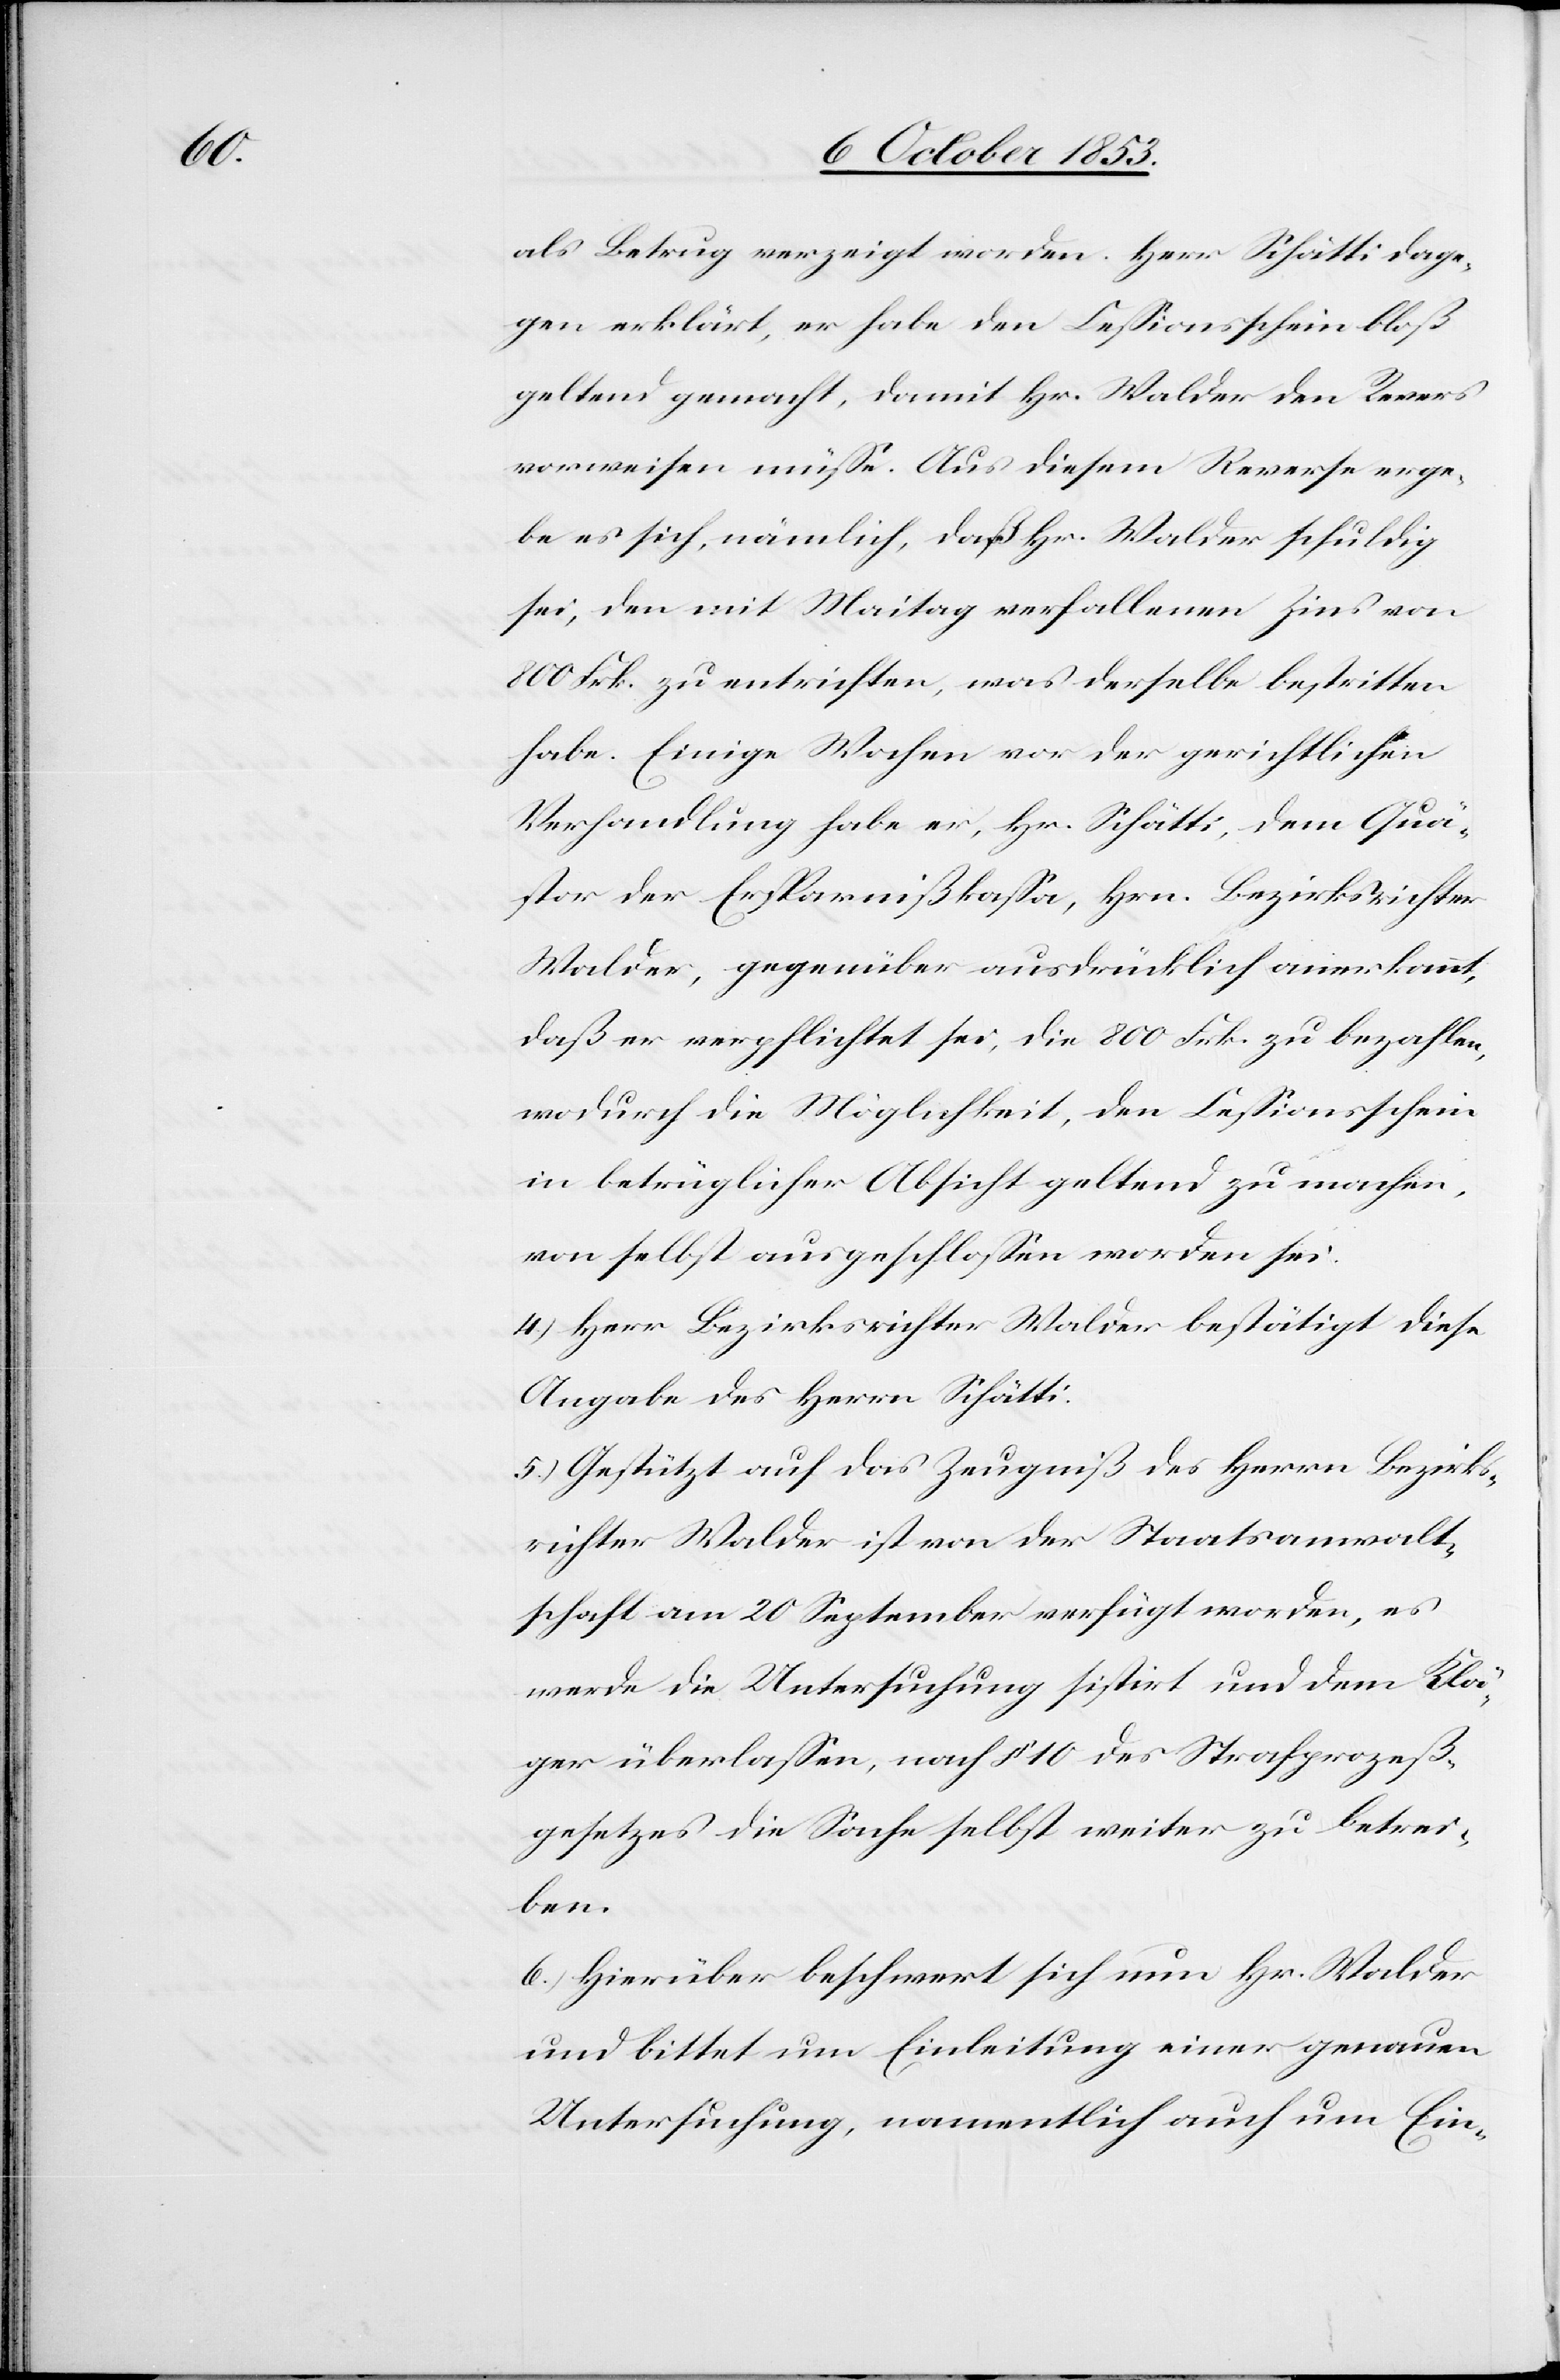
als Betrug verzeigt worden. Herr Schätti dage¬
gen erklärt, er habe den Ceßionsschein bloß
geltend gemacht, damit Hr. Walder den Revers
vorweisen müße. Aus diesem Reverse erge¬
be es sich, nämlich, daß Hr. Walder schuldig
sei, den mit Maitag verfallenen Zins von
800 Frk. zu entrichten, was derselbe bestritten
habe. Einige Wochen vor der gerichtlichen
Verhandlung habe er, Hr. Schätti, dem Quä¬
stor der Ersparnißkaßa, Hrn. Bezirksrichter
Walder, gegenüber ausdrücklich anerkannt,
daß er verpflichtet sei, die 800 Frk. zu bezahlen,
wodurch die Möglichkeit, den Ceßionsschein
in betrüglicher Absicht geltend zu machen,
von selbst ausgeschloßen worden sei.
4) Herr Bezirksrichter Walder bestätigt diese
Angabe des Herrn Schätti.
5.) Gestützt auf das Zeugniß des Herrn Bezirks¬
richter Walder ist von der Staatsanwalt¬
schaft vom 20 September verfügt worden, es
werde die Untersuchung sistirt und dem Klä¬
ger überlaßen, nach § 10 des Strafprozeß¬
gesetzes die Sache selbst weiter zu betrei¬
ben.
6.) Hierüber beschwert sich nun Hr. Walder
und bittet um Einleitung einer genauen
Untersuchung, namentlich auch um Ein-